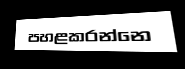
පහළකරන්නෙ